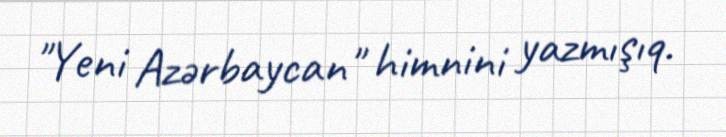
"Yeni Azərbaycan" himnini yazmışıq.